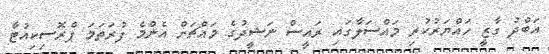
އަބްދު ގާޒީ ހައްޔަރުކުރި މައްސަލާގައި ރައީސް ނަޝީދުގެ މައްޗަށް އެންމެ ފުރަތަމަ ޕްރޮސިކިއުޓާ